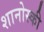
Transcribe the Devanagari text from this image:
शानोस्की